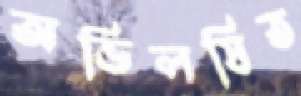
অভিলষিত